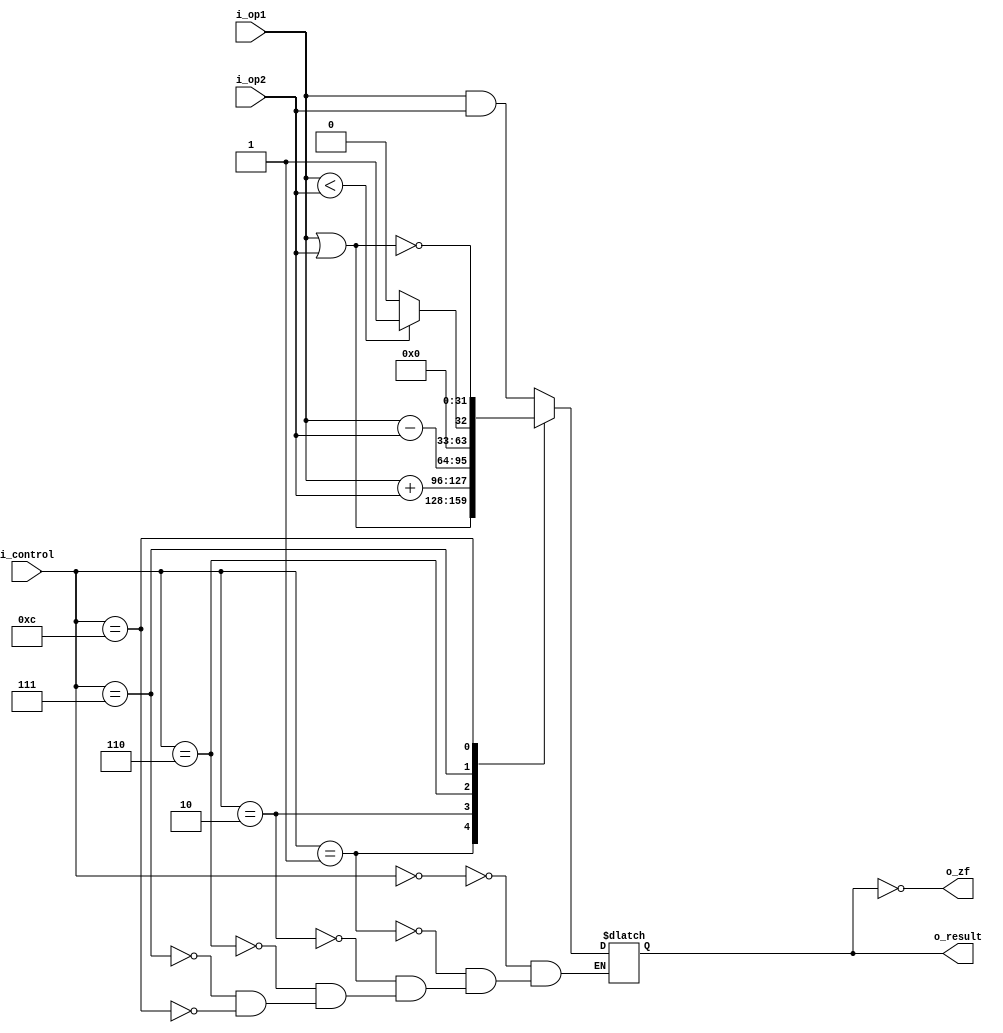
module alu(i_op1, i_op2, i_control, o_result, o_zf);

localparam AND = 4'b0000, OR = 4'b0001, ADD = 4'b0010,
           SUB = 4'b0110, SOLT = 4'b0111, NOR = 4'b1100; //SOLT - Set On Less then
  
input       [31:0]  i_op1, i_op2;
input       [3:0]   i_control;
output  reg [31:0]  o_result;
output              o_zf;

assign o_zf = !o_result;

always @ (*) begin
    case (i_control)
        AND:
            o_result <= i_op1 & i_op2;
        OR: 
            o_result <= i_op1 | i_op2;
        ADD:
            o_result <= i_op1 + i_op2;
        SUB:
            o_result <= i_op1 - i_op2;
        SOLT:
            if (i_op1 < i_op2)
                o_result <= 1;
            else
                o_result <= 0;
        NOR:
            o_result <= ~(i_op1 | i_op2);
    endcase
end

endmodule